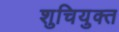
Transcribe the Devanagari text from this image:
शुचियुक्त